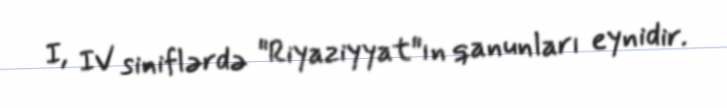
I, IV siniflərdə "Riyaziyyat"ın qanunları eynidir.